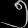
Digit: ၅